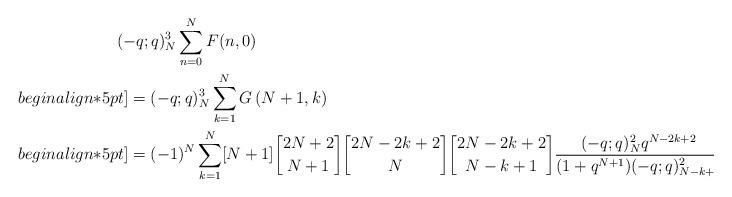
LaTeX: \begin{align*}&\hskip -3mm (-q;q)_N^3\sum_{n=0}^{N}F(n,0) \\begin{align*}5pt]&=(-q;q)_N^3\sum_{k=1}^{N}G\left(N+1,k\right) \\begin{align*}5pt]&=(-1)^N\sum_{k=1}^{N}[N+1]{2N+2\brack N+1}{2N-2k+2\brack N}{2N-2k+2\brack N-k+1}\frac{(-q;q)_N^2 q^{N-2k+2}}{(1+q^{N+1})(-q;q)_{N-k+1}^2}. \end{align*}